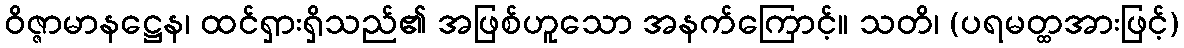
ဝိဇ္ဇာမာနဋ္ဌေန၊ ထင်ရှားရှိသည်၏ အဖြစ်ဟူသော အနက်ကြောင့်။ သတိ၊ (ပရမတ္ထအားဖြင့်)